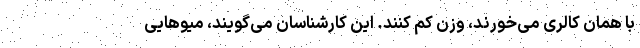
با همان کالری می‌خورند، وزن کم کنند. این کارشناسان می‌گویند، میو‌هایی